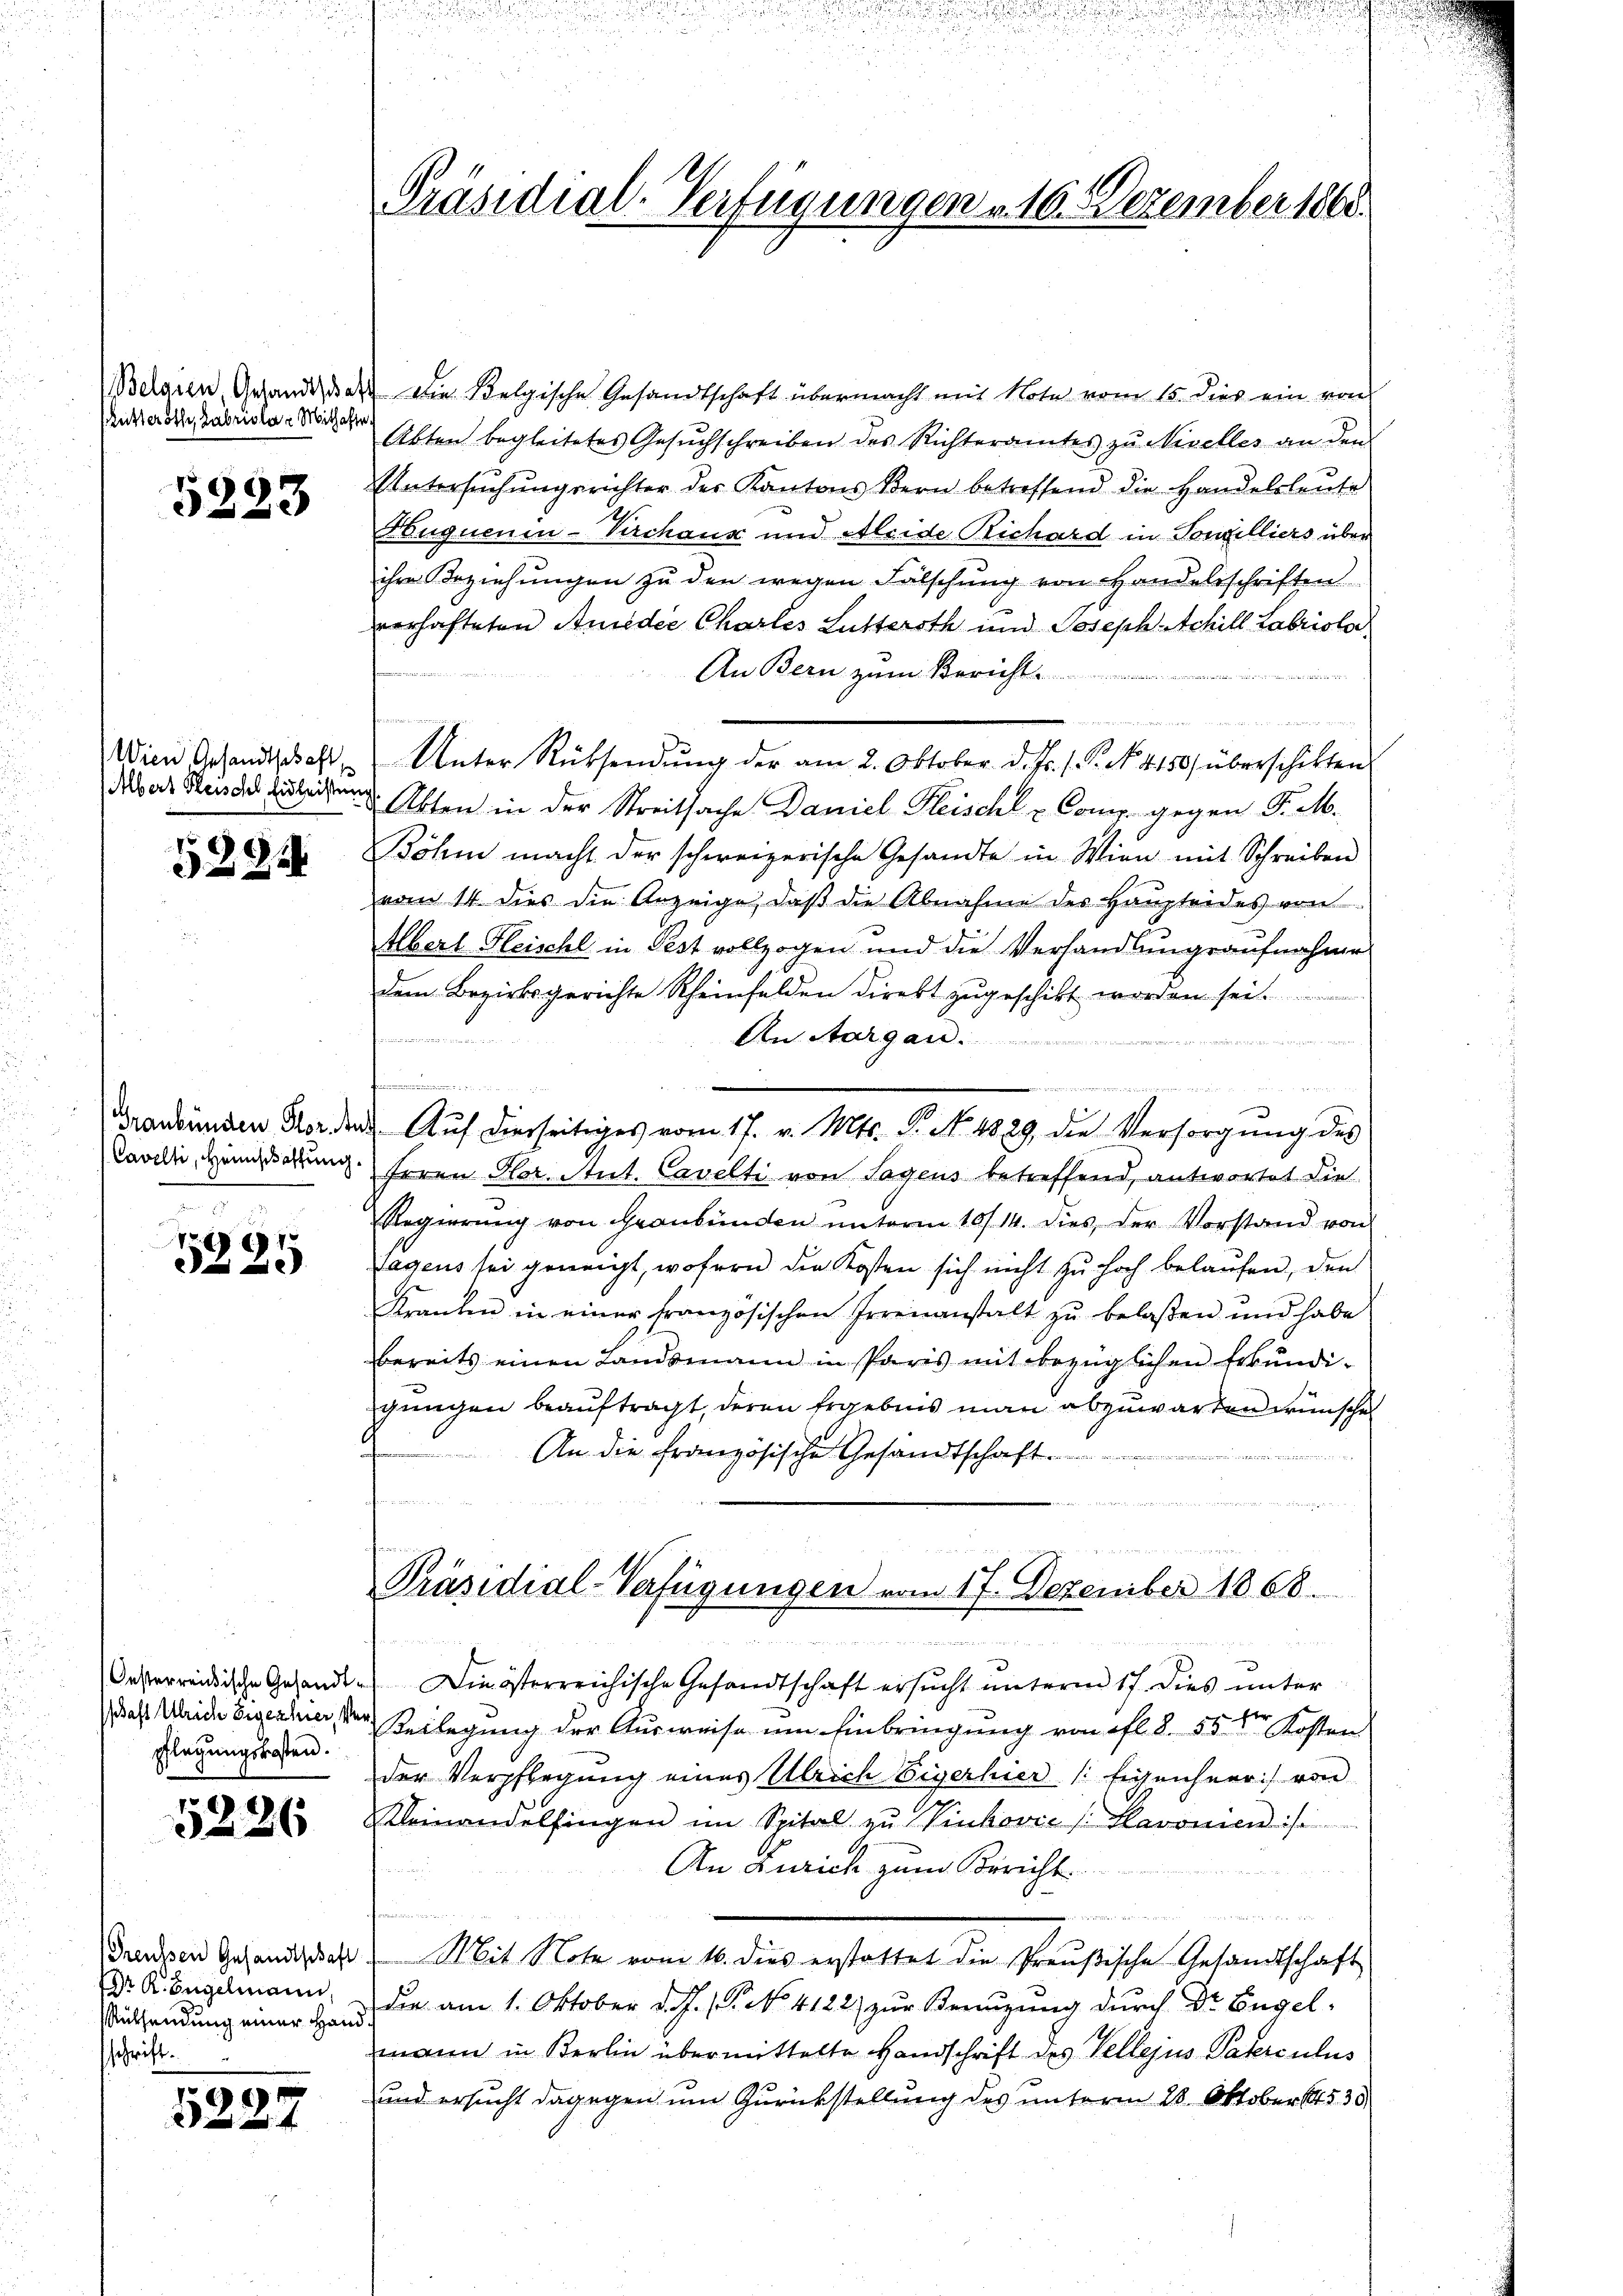
kutteroth, Fabriola - Mithafte

5223

Wien Gesandtschaft
Albers Fleische Eidleisten

52811

Graubünden Plor.
Cavelli, Heinschaftung

5225

pflegungskosten.

5226

Preussen Gesandtschaft
DDr. R. Engelmann,
Rücksendung einer Hand
schrift.

5227

Präsidial-Verfügungen v. 16. Dezember 1868.

Belaren, Gesandten die Belgische Gesandtschaft übermacht mit Note vom 15. dies ein von
Akten begleitetes Gesuchschreiben des Richteramtes zu Nivelles an den
Untersŭchŭngsrichter der Kantons Bern betreffend die Handelsleute
Huquenin-Verchaus und Kleide Richard in Tonzelliers über
ihre Beziehŭngen zŭ den wegen Fälschŭng von Handelsschriften
vorhafteten Ander Charles Luttersth und Joseph Achill Labriola
An Bern zum Bericht.
 den inne ein
u
Unter Rücksendŭng der am 2. Oktober d. Js. f. P. Nr. 4150) überschikten
 Akten in der Streitsache Daniel Heischt u. Comp. gegen P. M.
Böhm macht der schweizerische Gesandte in Wien mit Schreiben
vom 14. dies die Anzeige, daβ die Abnahme der Haupteides von
Abert Fleische in Pest vollzogen und die Verhandlungsaufnahme
dem Bezirksgerichte Rheinfelden direkt zugeschikt worden sei.
An Aargau.
munden
tnummen
e
¬
ad. Auf diesseitiges vom 17. v. Mts. P. N. 4829, die Versorgŭng des
Frrau Hlor. Ant. Cavelti von Sagens betreffend, antwortet die
Regierŭng von Graubünden unterm 10/14. dies der Vorstand von
Tagens sei geneigt, wofern die Kosten sich nicht zu hoch belaufen, den
Kranken in einer französischen Irrenanstalt zŭ belaßen und habe
bereits einen Landsmann in Paris mit bezüglichen Erkundi-
gungen beauftragt, deren Ergebnis man abzuwarten wünsche
An die französische Gesandtschaft

t

Präsidial-Verfügungen vom 17. Dezember 1868.

Oesterreichische Gesandt. Die österreichische Gesandtschaft ersŭcht ŭnterm 17. dies ŭnter
e
das Weide Eigentuer, der Beilegung der Ausweise um Einbringung von ifl 8. 55 der Kosten
der Verpflegung eines Ulrich Eigerhier (Eigenheer :/ von
einandelfingen im Spital zu Vinković /:Kavonien :/
An Zürich zum Bericht

Mit Note vom 16. dies erstattet die Preußische Gesandtschaft
Die am 1. Oktober d. J. P. No. 4122) zur Benuzung durch Dr Engelmann in Berlin übermittelte Handschrift des Tellejus Paterculus
und ersucht dagegen um Zurückstellung des unterm 28. Oktober 14530